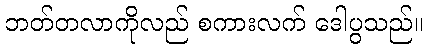
ဘတ်တလာကိုလည် စကားလက် ဒေါပွသည်။